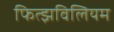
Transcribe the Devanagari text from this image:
फित्झविलियम